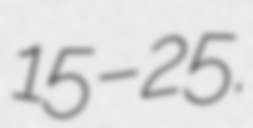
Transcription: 15–25.